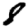
Digit: 8